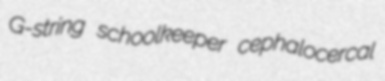
G-string schoolkeeper cephalocercal